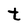
Character: t